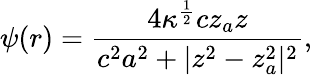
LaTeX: \psi(r)={\frac{4\kappa^{{\frac{1}{2}}}cz_{a}z}{c^{2}a^{2}+|z^{2}-z_{a}^{2}|^{2}}},